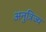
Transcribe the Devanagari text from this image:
अनुत्रिज्य